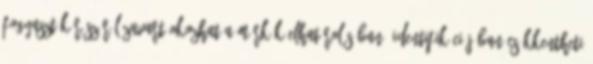
fogyasztók részéről zavart okozhat a márkák elhatárolásában, identifikációjában Csökkentheti